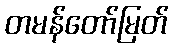
တမန်တော်မြတ်